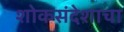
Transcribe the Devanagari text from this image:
शोकसंदेशाचा